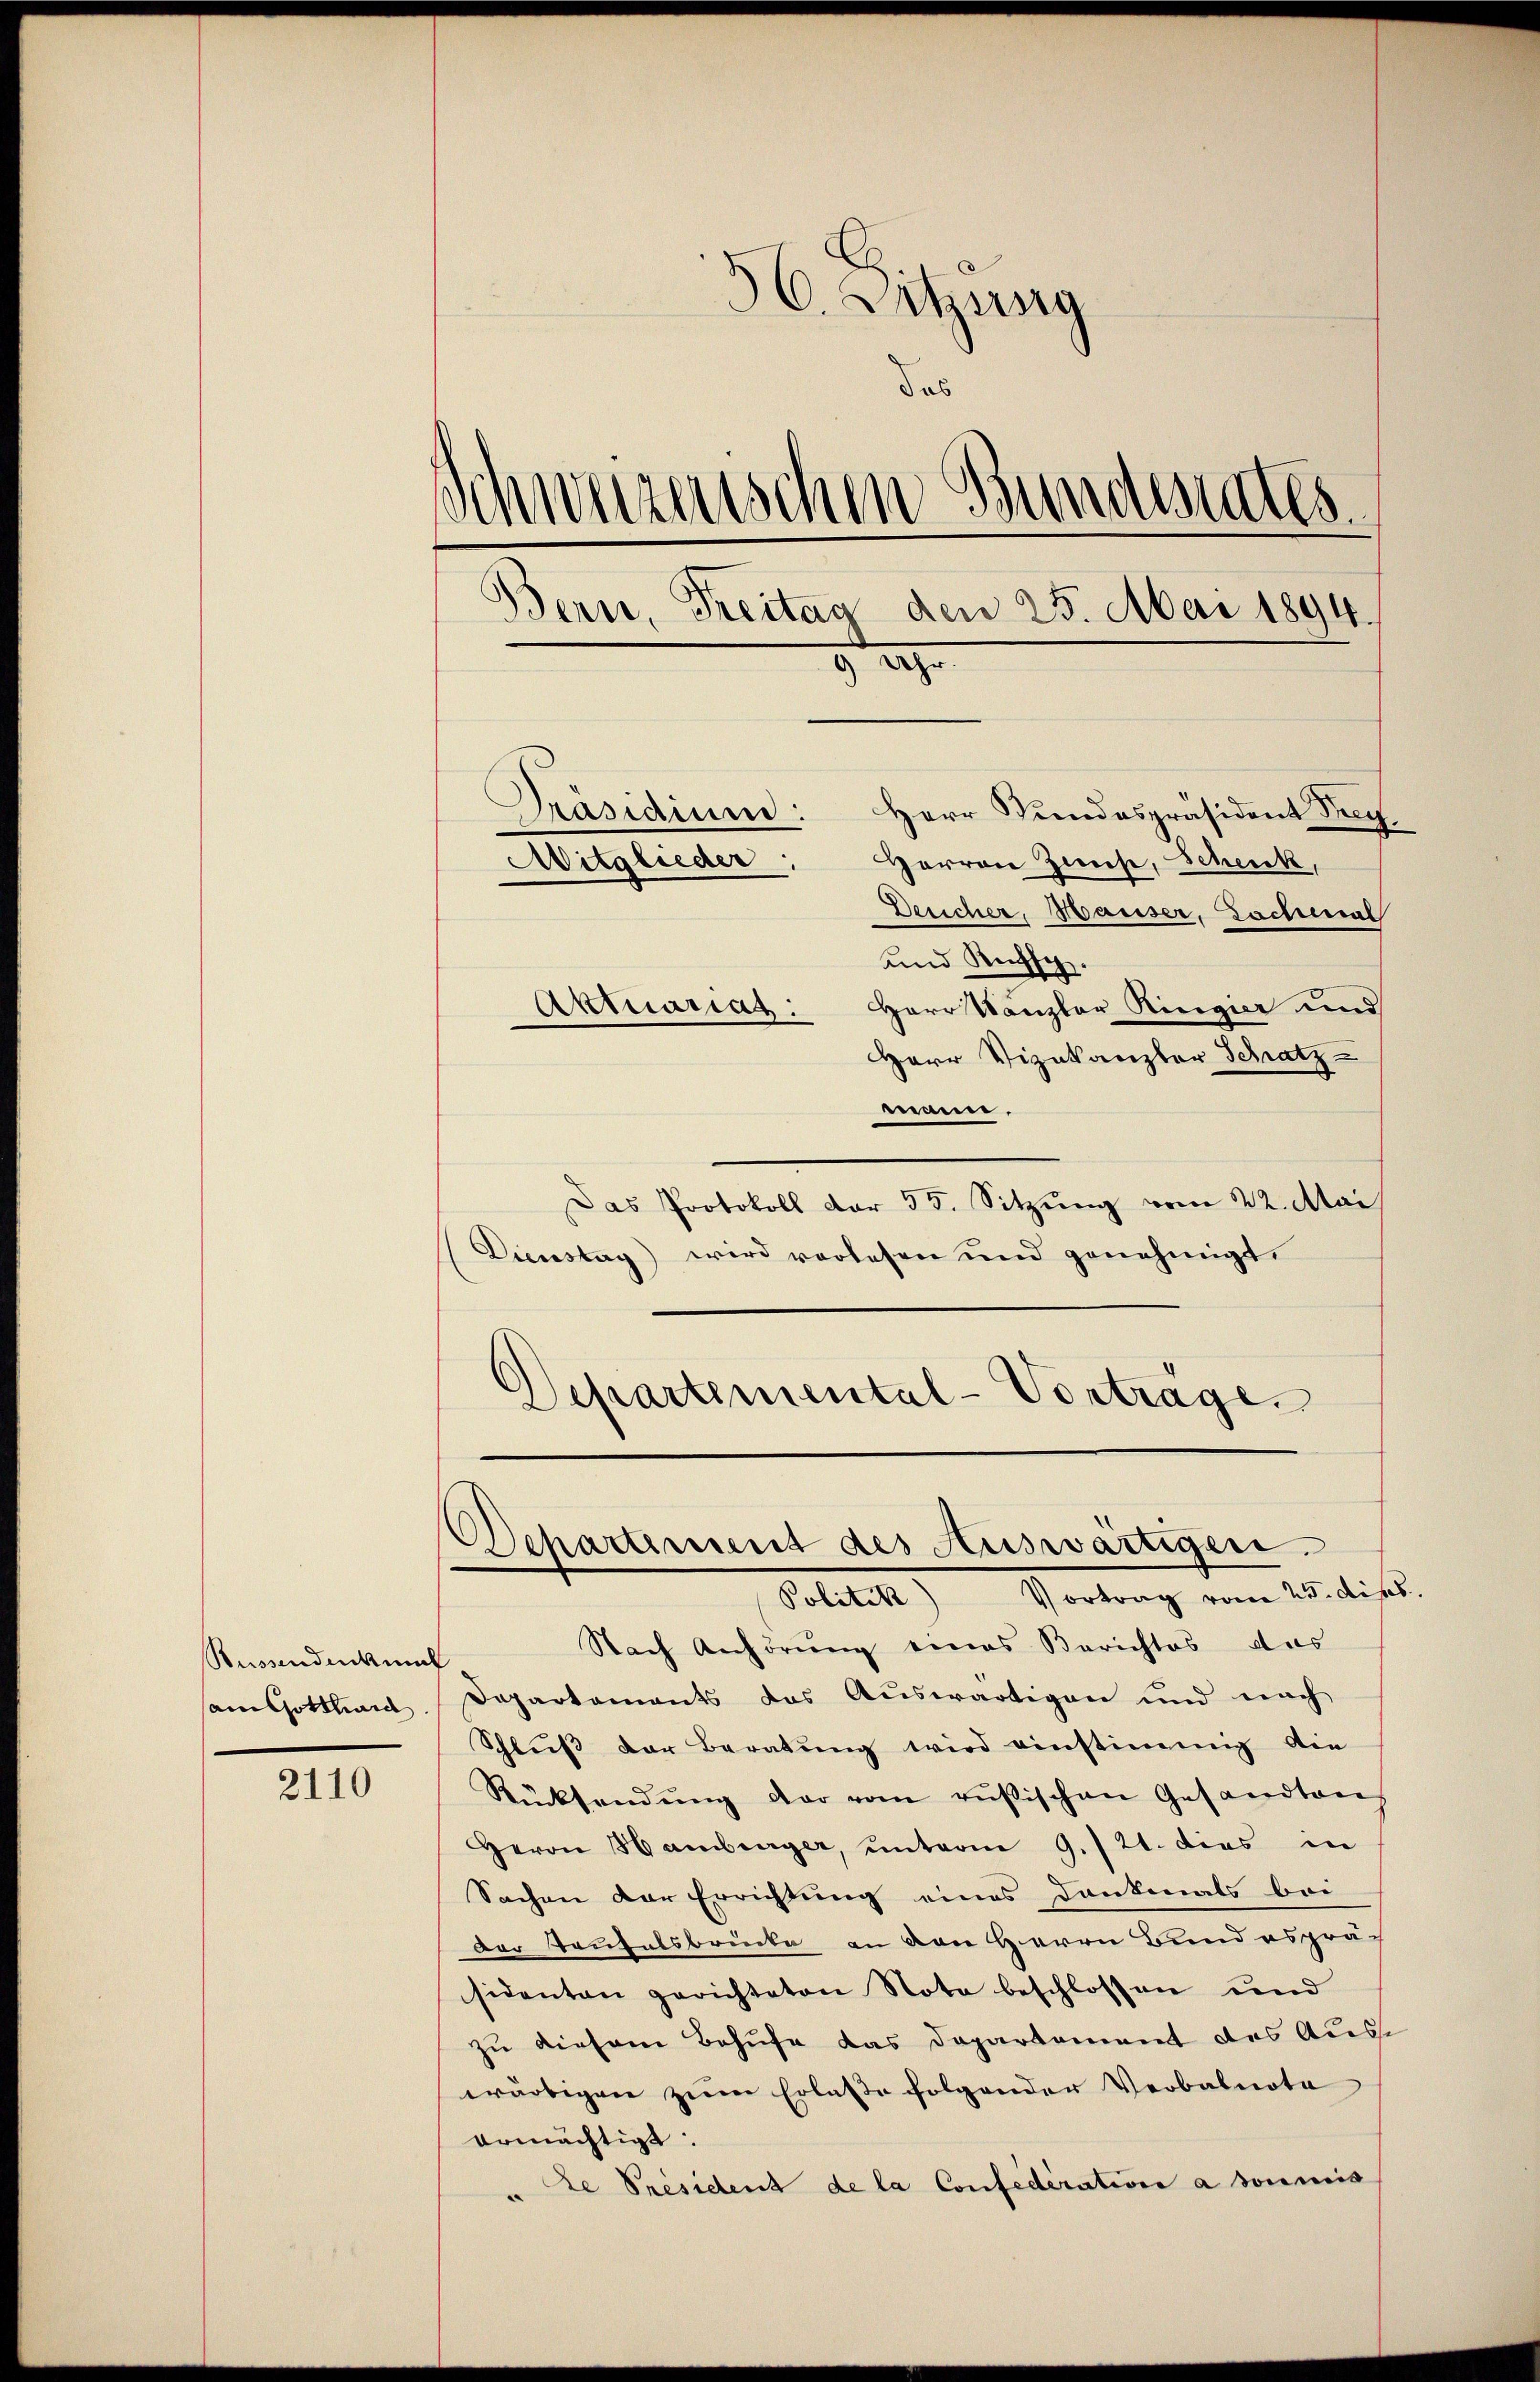
Bussendenkun
ain Gotthard

2110

36. Letzung
das
Schweizerischen Bundesrates.
Bern, Freitag den 25. Mai 1894.
 g
Präsidium: Herr Stundespräsident Pe¬
Harren Zweise, Schenk,
Mitglieder
Dericher, Hauser, Lochmal
und Rutsch.
Herr Kanzler Ringier und
Aktuarias.
Herr Vizekanzler Schatz-

ennen.
Das Protokoll der 35. Sitzŭng vom 22. Mai
(Dienstag) wird vorlesen und genehmigt.
Departemental-Vortrage.

Departement des Auswärtigen.

Vortrag vom 25. dies
Politik)
Nach Anhörung eines Berichtes das
Departements das Auswärtigen und nach
Schluß der Beratung wird einstimmig die
Rücksendŭng der vom russischen Gesandtens
Herrn Hamburger, ŭnterm 9./21. dies in
Sachen der Errichtung eines Dankmals bei
Der Teufelsbrücke an den Herrn Bund esprä-
sidenten gerichteten Nota beschlossen und
zu diesem Behufe das Daparkament des Auswärtigen zum Erlaße folgender Verbalnote
ermächtigt:
" te Président de la Confederation a soumis